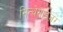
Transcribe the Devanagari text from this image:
सिन्थेसाइज़र